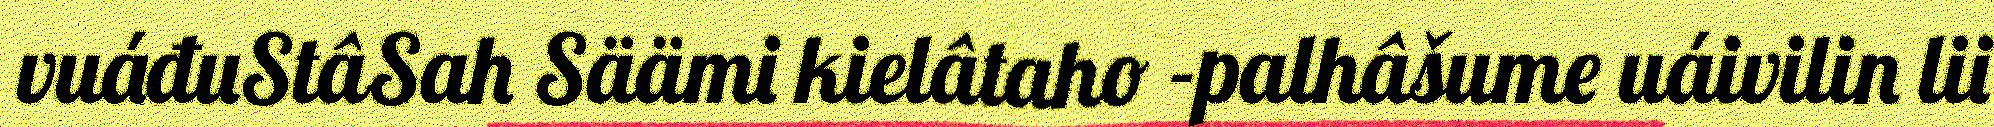
vuáđuStâSah Säämi kielâtaho -palhâšume uáivilin lii